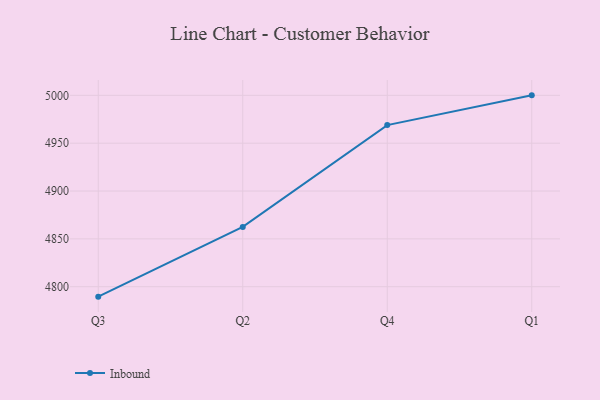
{"axis": {"x": "Quarter", "y": "Humidity (%)"}, "legend": ["Inbound"], "data": [{"x": "Q3", "y": 4789.6, "type": "Inbound"}, {"x": "Q2", "y": 4862.5, "type": "Inbound"}, {"x": "Q4", "y": 4968.9, "type": "Inbound"}, {"x": "Q1", "y": 5000, "type": "Inbound"}]}